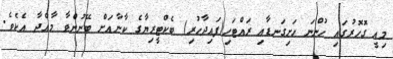
މިއީ ގޮހޮރުގައި ހުންނަ ހަށިގަނޑާއި ރައްޓަހި(ފައިދާހުރި) ބެކްޓީރިޔާގެ ކާނާއަށް ބޭނުންވާ މާއްދާ އެކެވެ.